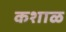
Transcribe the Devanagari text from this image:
कशाळ